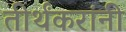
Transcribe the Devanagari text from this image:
तीर्थंकरांनी